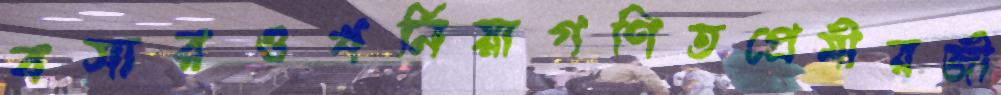
বসারওখর্নিয়াগণিতপ্রেমীরজী